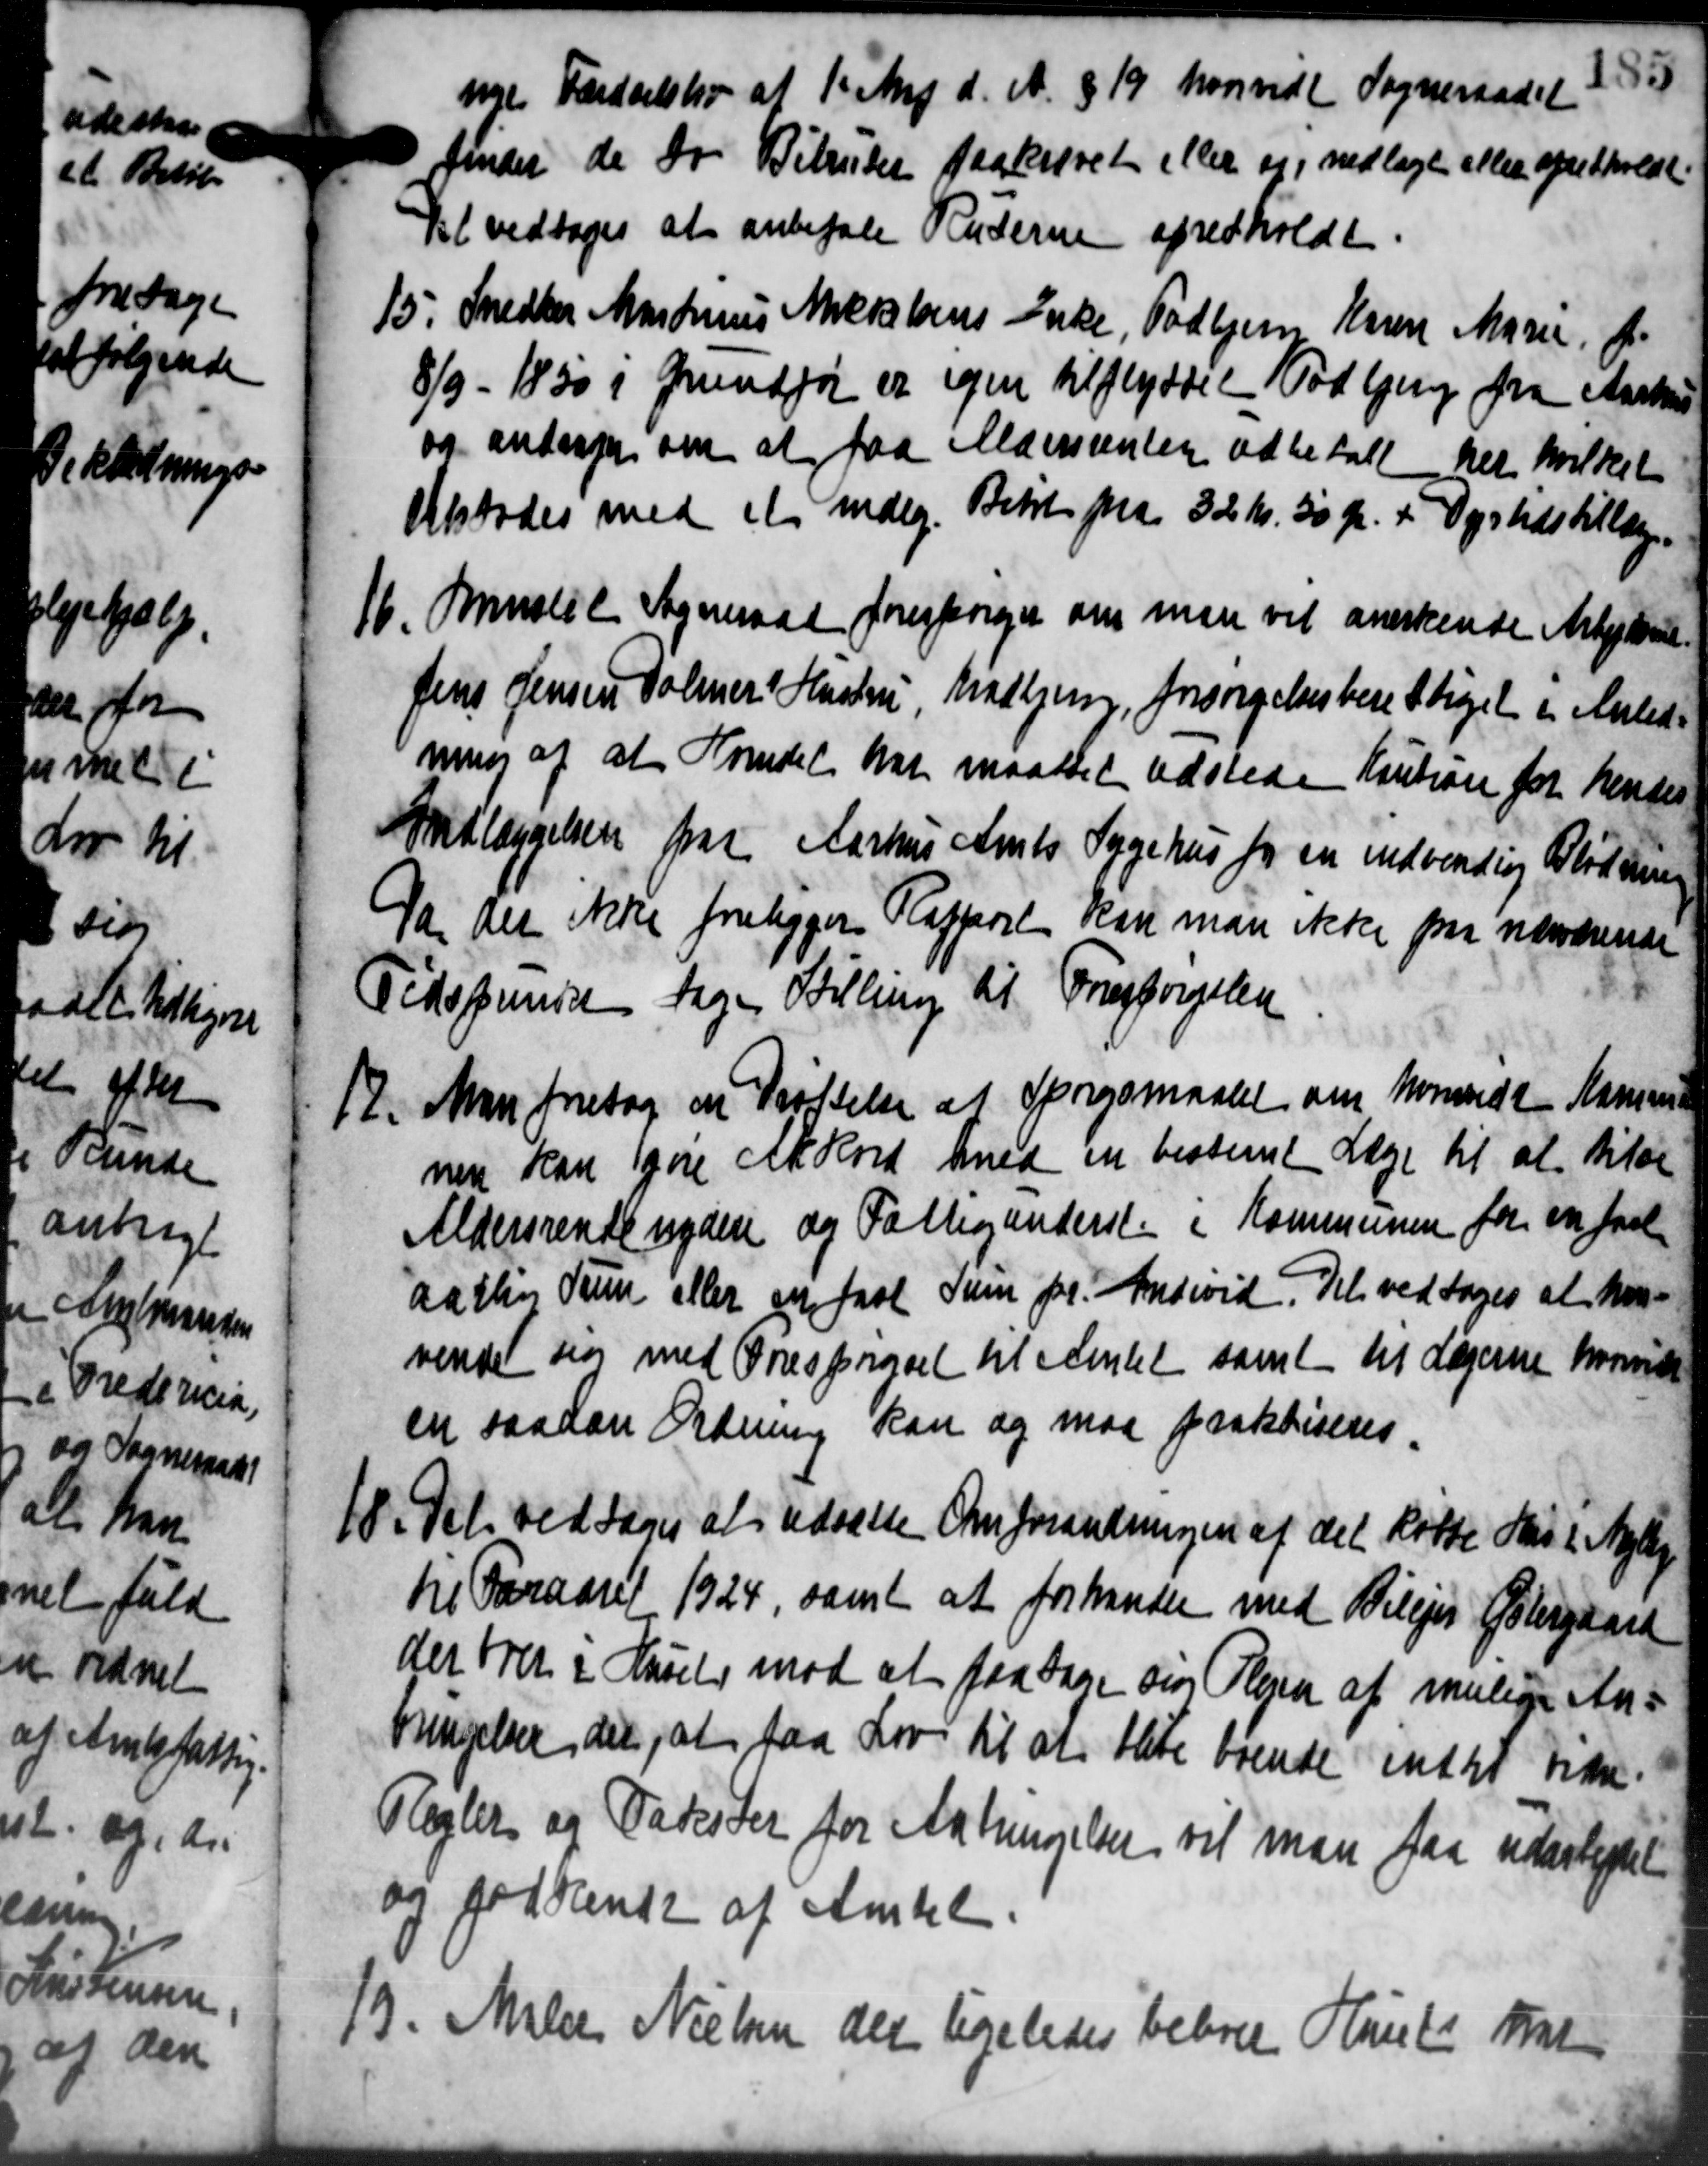
Transskription:
nye Færdselsliv af 1' Maj d. A. § 19 hvorvidt Sogneraadet
finder de to Bitrukt paakrævet eller og nedlagt eller opretholdt
Det vedtoges at anbefale Raderne spredholdt.
15. Snedker Masdmus Mikkelsens Enke, Todbjer Karene Marie o
15. Snedker Masdmus Mikkelsens Enke, Todbjer Karene Marie o
8/9 - 1850 i Grundfør er igen tilflyttel Todbjerg fra Aarhus
og andrager om at faa Aldersrenten udbetalt her hvilket
tilstodes med et mdlg. Beløb paa 32 Kr. 50 Øre + Dyrtidstillægs-
16. Muslil Sogneraad forespørger om man vil anerkende Arbejdsmd.
16. Muslil Sogneraad forespørger om man vil anerkende Arbejdsmd.
Jens Jensen Holmers Hustru Madtjern, forsørgelsesberettiget i Anled-
ning af at Hondet har maattet udstede Kaution for hentes
Indlæggelsen fra Aarhus Amts Sygehus for en indvendig Blødning
Da der ikke foreligger Rapport kan man ikke paa nærværende
Tidsprindste tage Stilling til Forespørgelsen
12. Man foretog en Støttelse af Spørgsmaalet om hvorvidt Kommune
12. Man foretog en Støttelse af Spørgsmaalet om hvorvidt Kommune
nen kan gøre Akkord med en bestemt Læge til at tilse
Aldersrentenydere og Fattigunderst i Kommunen for en fast
aarlig Sum eller en fast Sum pr. Andevid. Det vedtoges at hen-
vende sig med Ordsprørsel til Amtet samt til Lagerne hvorvidt
en saadan Ordning kan og maa paakriseres.
18. Det vedtoges at udsætte Omforandringen af det købte Hus i Nyby
18. Det vedtoges at udsætte Omforandringen af det købte Hus i Nyby
til Foraaret 1924, samt at forhandle med Bilejer Østergaard
der hver i Hasel, mod at faa tage sig Plejen af mulige An-
bringelser der, at faa Lov til at blive boende indtil Han-
Regler og Takster for Anbringelsen vil man faa uderligtel
og godkendt af Amtet
13. Maler Nielsen der ligeledes beboer Hans Har
13. Maler Nielsen der ligeledes beboer Hans Har